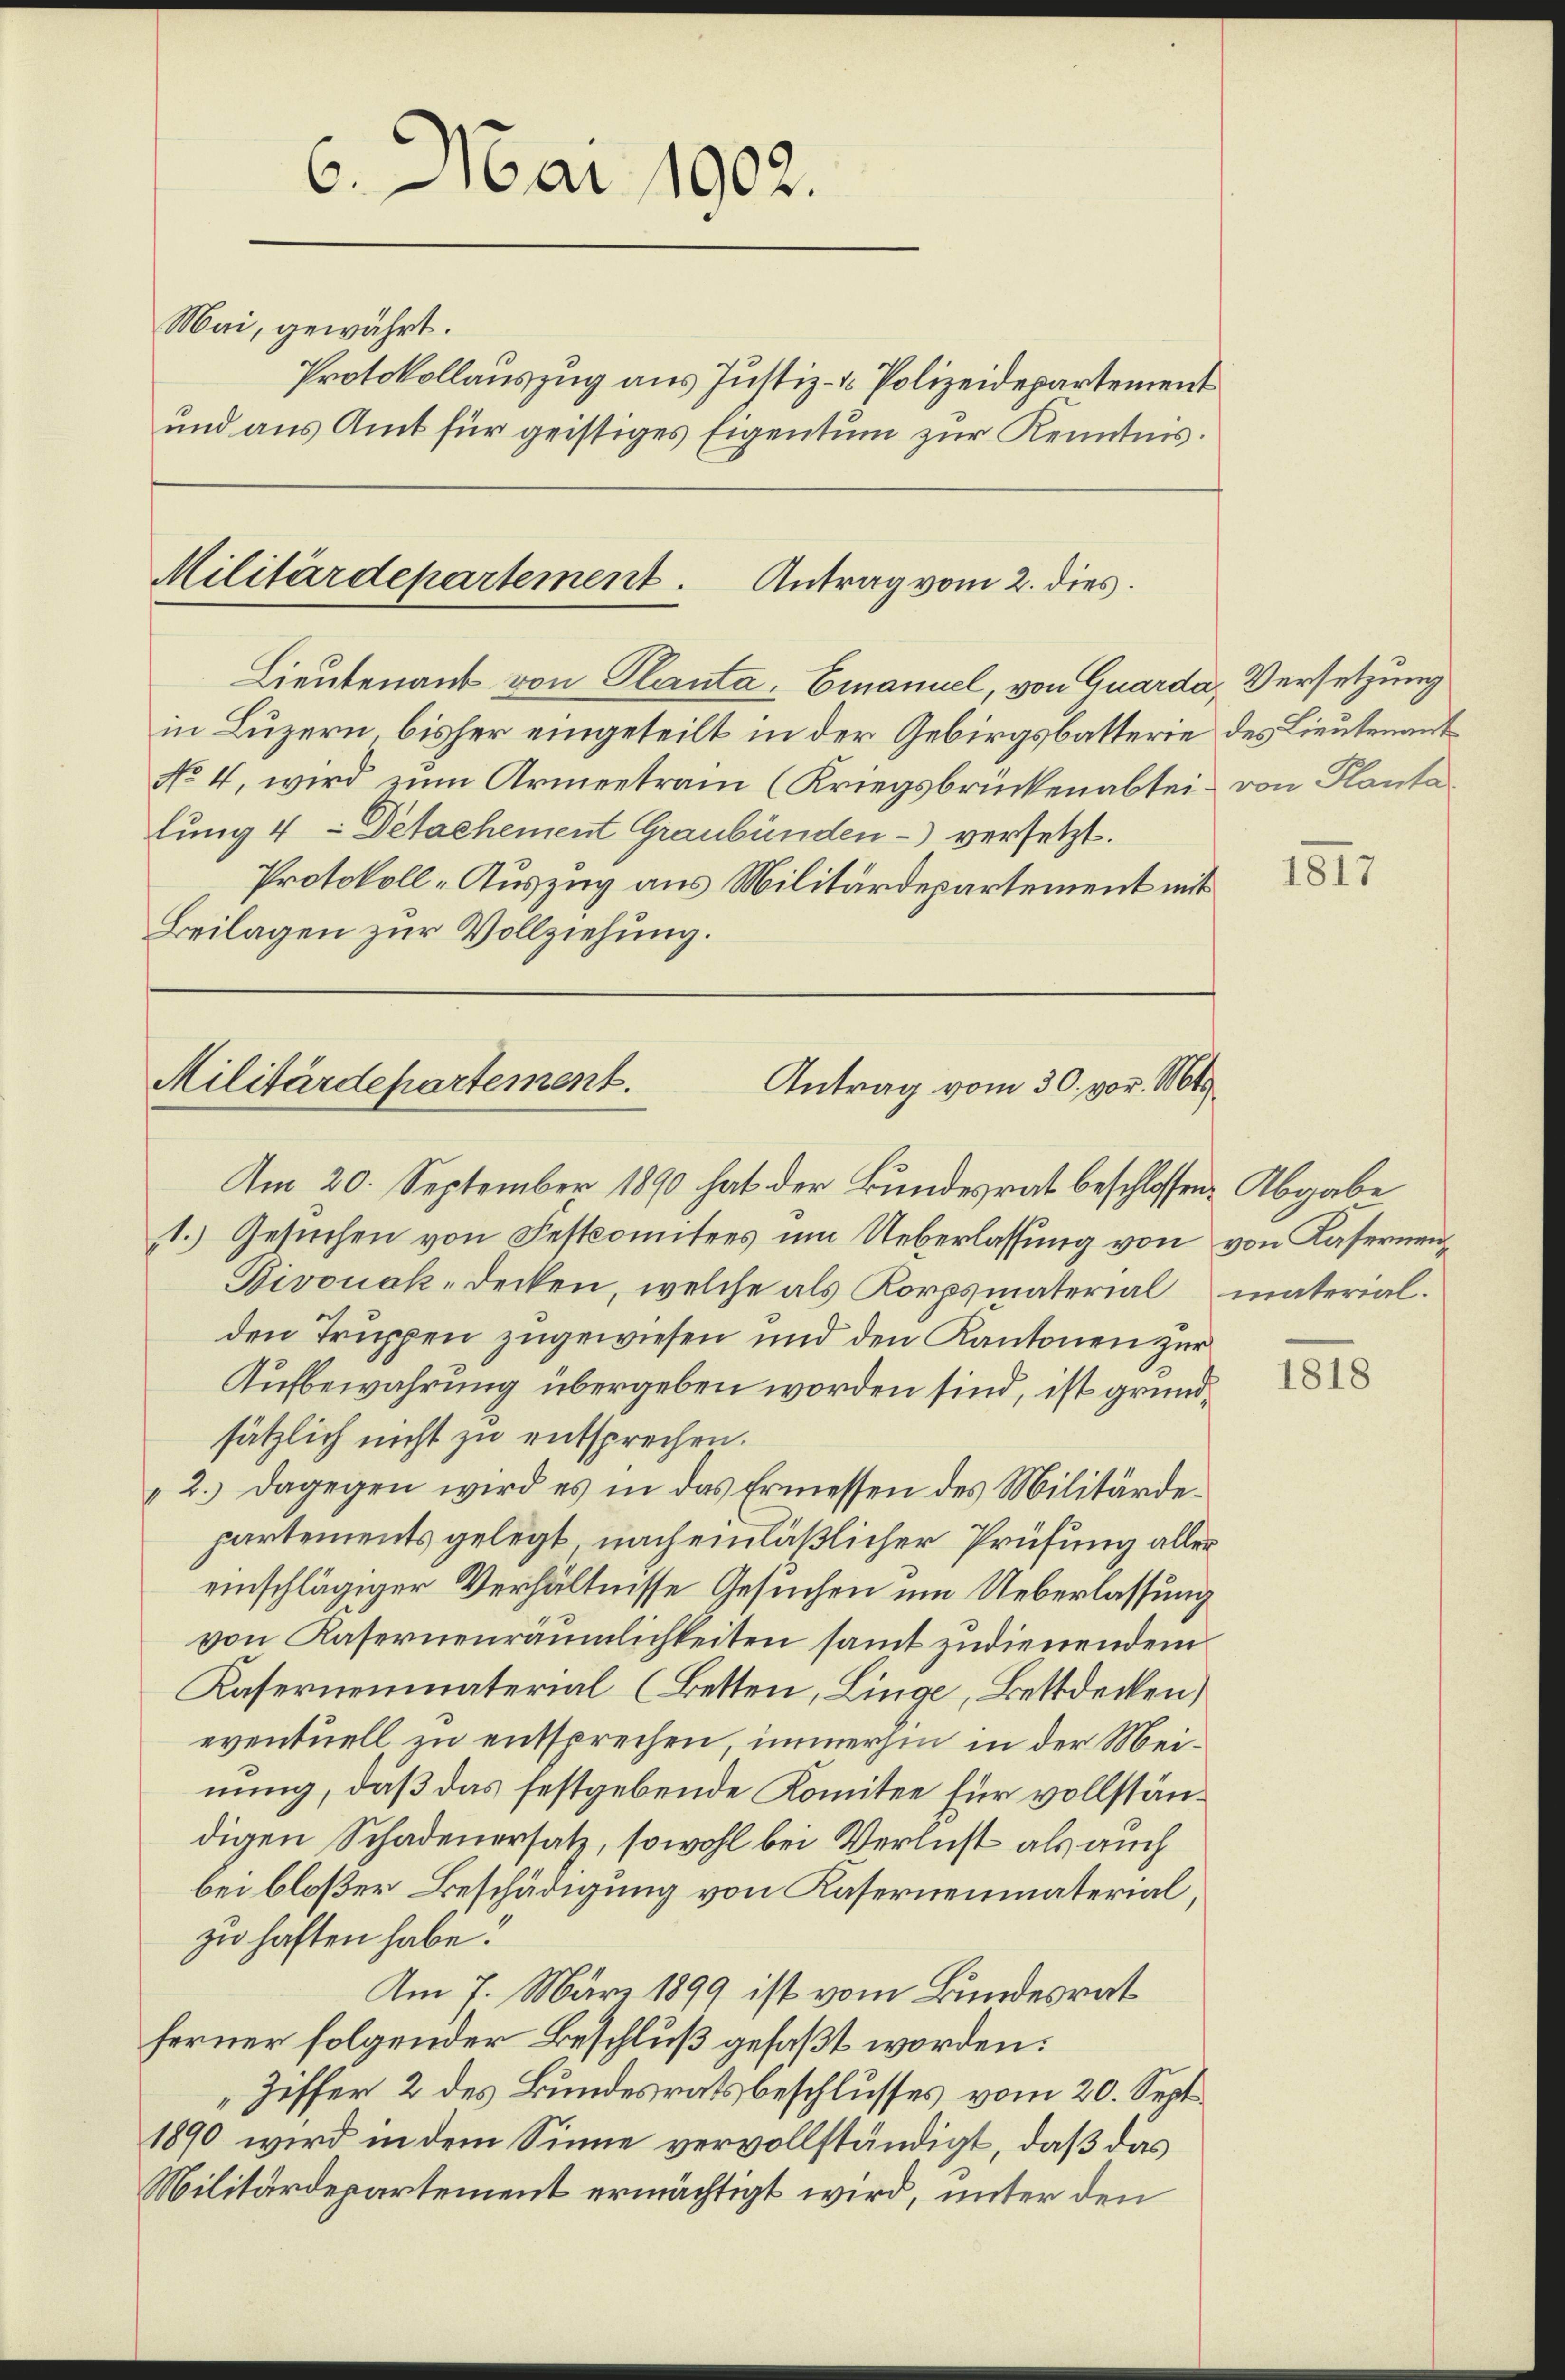
6. Mai 1902.
Mai, gewährt.
Protokollauszug aus Justiz- & Polizeidepartement
und aus Amt für geistiges Eigentum zur Kenntnis.

Militärdepartement. Antrag vom 2. dies
Lieutenant von Planta - Emanuel, von Quarda, Versetzung

Am 20. September 1890 hat der Bundesrat beschlossen: Abgabe
1.) Gesuchen von Feskomitees um Ueberlassung von von Kasernen¬
Bivonak, Decken, welche als Korpsmaterial materialden Truppen zugewiesen und den Kantonen zur
Aufbewahrung übergeben worden sind, ist grundsätzlich nicht zu entsprechen.
2.) Dagegen wird es in das Ermessen des Militärdepartements gelegt, nach einläßlicher Prüfung aller
einschlägiger Verhältnisse Gesuchen um Ueberlassung
von Kasernenräumlichkeiten samt zudienendem
Kasernenmaterial (Betten, Linge, Bettdecken,
eventuell zu entsprechen, immerhin in der Meinung, daß das festgebende Komitee für vollständigen Schadenersatz, sowohl bei Verlust als auch
bei bloßer Beschädigung von Kasernenmaterial,
zu haften habe.
Am 7. März 1899 ist vom Bundesrat
ferner folgender Beschluß gefaßt worden:
Ziffer 2 des Bundesratsbeschlusses vom 20. Sept.
1890 wird in dem Sinne vervollständigt, daß das
Militärdepartement ermächtigt wird, unter den

in Luzern, bisher eingeteilt in der Gebirgsbatterie des Lieutenant
No 4, wird zum Armeetram (Kriegsbrückenabtei von Plante
lung 4 Detachement Graubünden - versetzt.
Protokoll-Auszug aus Militärdepartement mit
Beilagen zur Vollziehung.

Militärdepartement.
Antrag vom 30. vor. Mts.

1817

1818